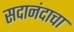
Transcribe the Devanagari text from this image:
सदानंदाचा